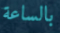
بالساعة